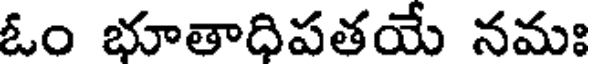
ఓం భూతాధిపతయే నమః